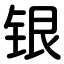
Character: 银